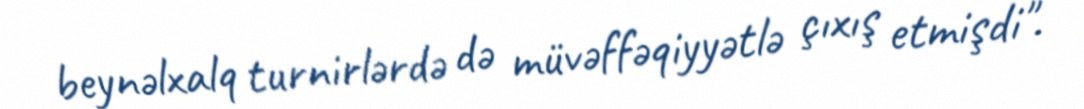
beynəlxalq turnirlərdə də müvəffəqiyyətlə çıxış etmişdi".